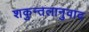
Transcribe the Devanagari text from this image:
शकुन्तलानुवाद